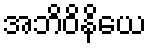
အဘိဝိနိယေ